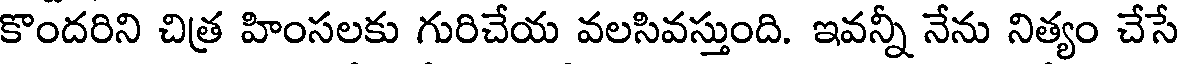
కొందరిని చిత్ర హింసలకు గురిచేయ వలసివస్తుంది. ఇవన్నీ నేను నిత్యం చేసే